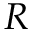
R